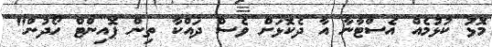
މޮޅު ކުޅުމެއް އެސްޓާނާ އާ ދެކޮޅަށް ވެސް ދައްކާ ތިން ޕޮއިންޓް ހޯދުން"